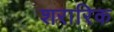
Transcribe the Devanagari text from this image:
शरारिक